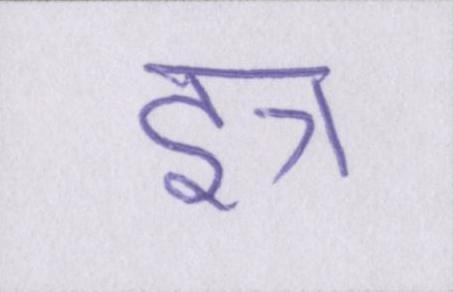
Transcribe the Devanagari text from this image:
इत्र